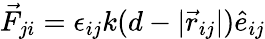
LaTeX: \vec{F}_{ji}=\epsilon_{ij}k(d-|\vec{r}_{ij}|)\hat{e}_{ij}